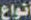
أنواع